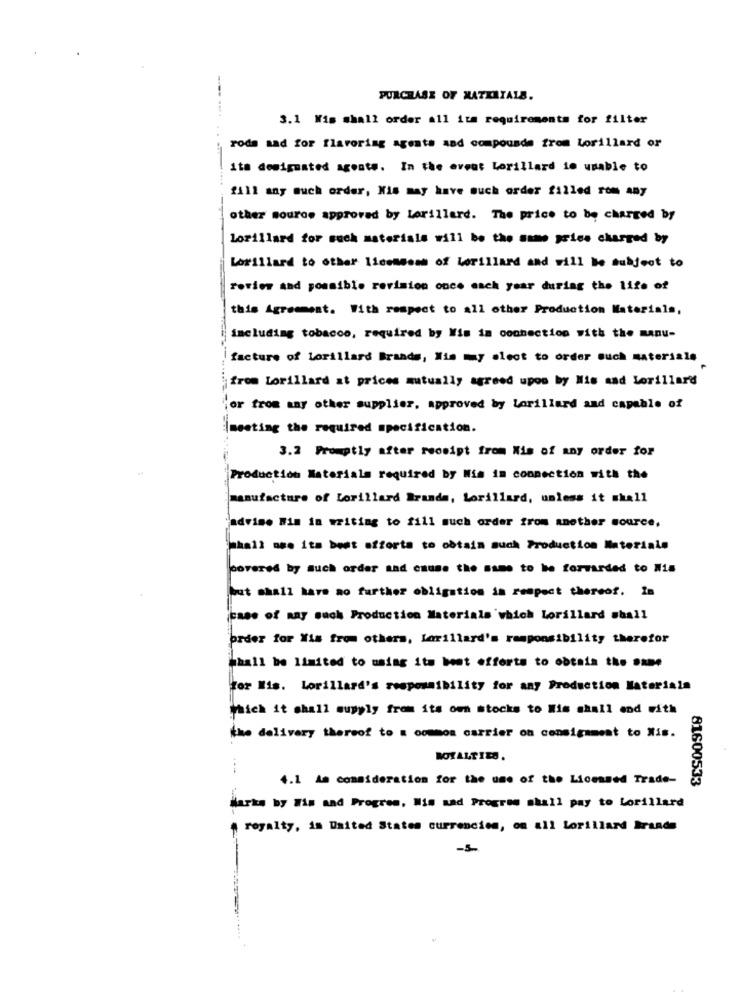
PURCHASE OF MATERIALS.
3.1 Wis shall order all its requirements for filter
roda and for flavoring agents and compounds from lorillard or
ita designated agente. In the event Lorillard in unable to
1111 any much order, Xis may have such order filled rom any
other source approved by Lorillard. The price to be charged by
lorillard for such materials will be the same price charged by
Lorillard to other licenseas of lorillard and will be subject to
review and possible revision once each year during the life of
this Agreement. With respect to all other Production Materials,
including tobacco, required by Wis in connection with the manu-
facture of Lorillard Brands, Mis may aleot to order such materials
from Lorillard at prices mutually agreed upon by Nis aad Lorillard
jor from any other supplier. approved by Lorillard and capable of
|meeting the required specification.
3.2 Promptly after receipt from Mis of any order for
Production Materials required by Wis in connection with the
manufacture of Lorillard Brands, Lorillard, unless it shall
advise Him in writing to fill such order from another source,
mhall ome its best efforts to obtain such Production Materials
covered by such order and cause the same to be forwarded to Mis
but shall have no farther obligation in respect thereof. In
case of any such Production Materials which Lorillard shall
order for Wis from others, lorillard's responsibility therefor
Shall be limited to using its best efforts to obtain the Same
for Mis. Lorillard's responsibility for any Production Materials
Which it shall supply from its own stocks to Mis shall and with
the delivery thereof to a common carrier on consignment to Xis.
ROYALTIES.
4.1 Am consideration for the use of the Licensed Trade-
81600533
Marks by Wis and Progres, Mis sad Progres shall pay to Lorillard
# royalty, in United States currencies, om all Lorillard Brands
-5